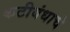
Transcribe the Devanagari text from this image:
कटीबंधाचे